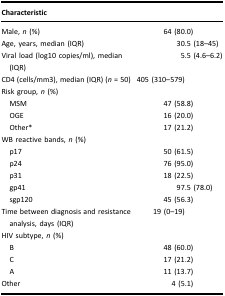
| Characteristic |  |
 | --- | --- |
 | Male, n (%) | 64 (80.0) |
 | Age, years, median (IQR) | 30.5 (18–45) |
 | Viral load (log10 copies/ml), median (IQR) | 5.5 (4.6–6.2) |
 | CD4 (cells/mm3), median (IQR) (n = 50) | 405 (310–579) |
 | Risk group, n (%) |  |
 | MSM | 47 (58.8) |
 | OGE | 16 (20.0) |
 | Other* | 17 (21.2) |
 | WB reactive bands, n (%) |  |
 | p17 | 50 (61.5) |
 | p24 | 76 (95.0) |
 | p31 | 18 (22.5) |
 | gp41 | 97.5 (78.0) |
 | sgp120 | 45 (56.3) |
 | Time between diagnosis and resistance analysis, days (IQR) | 19 (0–19) |
 | HIV subtype, n (%) |  |
 | B | 48 (60.0) |
 | C | 17 (21.2) |
 | A | 11 (13.7) |
 | Other | 4 (5.1) |